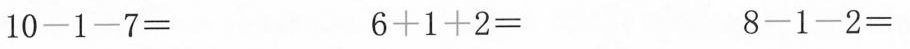
10-1-7= 6+1+2= 8-1-2=